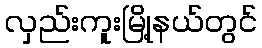
လှည်းကူးမြို့နယ်တွင်